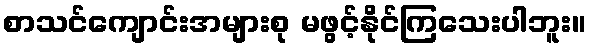
စာသင်ကျောင်းအများစု မဖွင့်နိုင်ကြသေးပါဘူး။